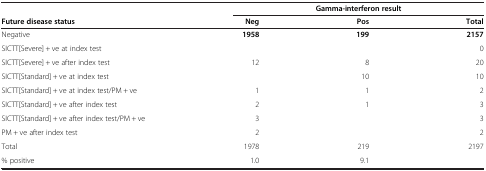
| <ROWSPAN=2> Future disease status | <COLSPAN=3> Gamma-interferon result |
 | Neg | Pos | Total |
 | --- | --- | --- | --- |
 | Negative | 1958 | 199 | 2157 |
 | SICTT[Severe] + ve at index test |  |  | 0 |
 | SICTT[Severe] + ve after index test | 12 | 8 | 20 |
 | SICTT[Standard] + ve at index test |  | 10 | 10 |
 | SICTT[Standard] + ve at index test/PM + ve | 1 | 1 | 2 |
 | SICTT[Standard] + ve after index test | 2 | 1 | 3 |
 | SICTT[Standard] + ve after index test/PM + ve | 3 |  | 3 |
 | PM + ve after index test | 2 |  | 2 |
 | Total | 1978 | 219 | 2197 |
 | % positive | 1.0 | 9.1 |  |